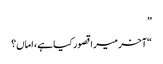
”
“آخر میرا قصور کیا ہے، اماں؟